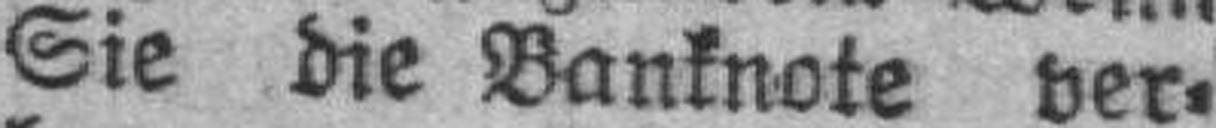
Sie die Banknote ver¬